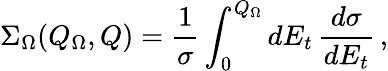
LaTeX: \Sigma_{\Omega}(Q_{\Omega},Q)=\frac 1\sigma\int_{0}^{Q_{\Omega}}dE_{t}\, \frac{d\sigma}{dE_{t}}\, ,